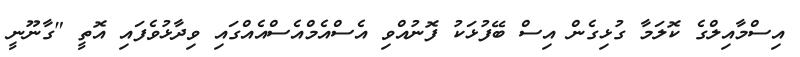
އިސްމާއިލްގެ ކޮލަމާ ގުޅިގެން އިސް ބޭފުޅަކު ފޮނުއްވި އެސްއެމްއެސްއެއްގައި ވިދާޅުވެފައި އޮތީ "ގާނޫނީ